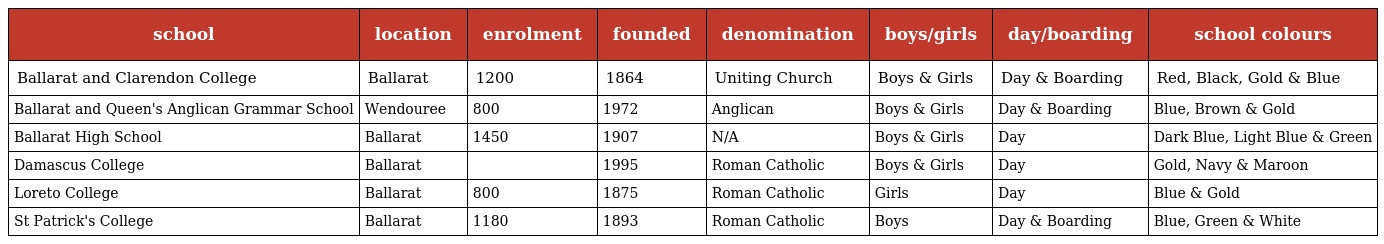
| school | location | enrolment | founded | denomination | boys/girls | day/boarding | school colours |
 | --- | --- | --- | --- | --- | --- | --- | --- |
 | Ballarat and Clarendon College | Ballarat | 1200 | 1864 | Uniting Church | Boys & Girls | Day & Boarding | Red, Black, Gold & Blue |
 | Ballarat and Queen's Anglican Grammar School | Wendouree | 800 | 1972 | Anglican | Boys & Girls | Day & Boarding | Blue, Brown & Gold |
 | Ballarat High School | Ballarat | 1450 | 1907 | N/A | Boys & Girls | Day | Dark Blue, Light Blue & Green |
 | Damascus College | Ballarat |  | 1995 | Roman Catholic | Boys & Girls | Day | Gold, Navy & Maroon |
 | Loreto College | Ballarat | 800 | 1875 | Roman Catholic | Girls | Day | Blue & Gold |
 | St Patrick's College | Ballarat | 1180 | 1893 | Roman Catholic | Boys | Day & Boarding | Blue, Green & White |